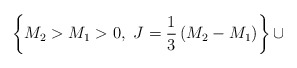
\begin{align*}\left\{M_2>M_1> 0,~J={1\over 3}\left(M_2-M_1\right)\right\}\cup\end{align*}